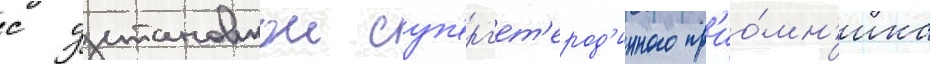
с установкои суп'ерг'ет'ерод'инного пр'ио́мн'ика